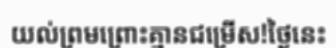
យល់ព្រមព្រោះគ្មានជម្រើស!ថ្ងៃនេះ